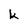
Character: k